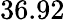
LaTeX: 36.92